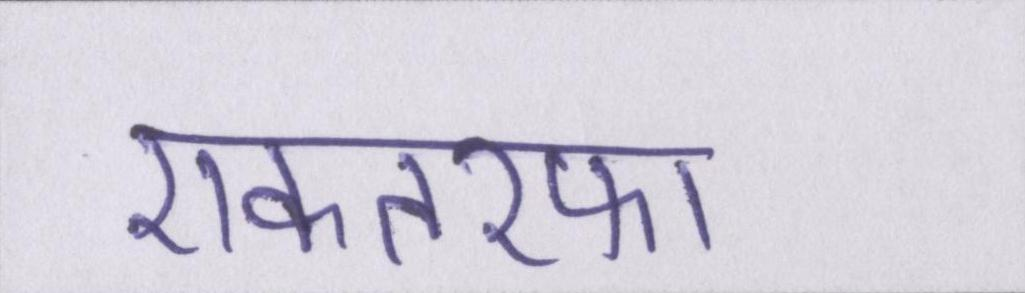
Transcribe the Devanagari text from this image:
एकतरफा